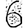
Digit: 6